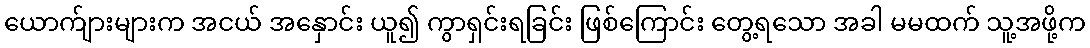
ယောက်ျားများက အငယ် အနှောင်း ယူ၍ ကွာရှင်းရခြင်း ဖြစ်ကြောင်း တွေ့ရသော အခါ မမထက် သူ့အဖို့က